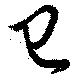
巳